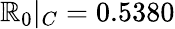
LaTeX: \mathbb{R}_{0}|_{C}=0.5380